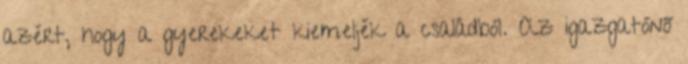
azért, hogy a gyerekeket kiemeljék a családból. Az igazgatónő